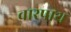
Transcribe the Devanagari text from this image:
वारपाथ